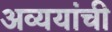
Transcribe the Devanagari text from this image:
अव्ययांची